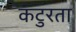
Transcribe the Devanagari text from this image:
कटुरता